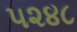
૫૨૪૮